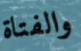
والفتاة